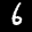
Label: 6